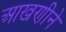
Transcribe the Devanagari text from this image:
आखणीने